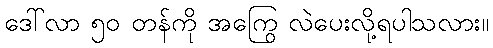
ဒေါ်လာ ၅၀ တန်ကို အကြွေ လဲပေးလို့ရပါသလား။